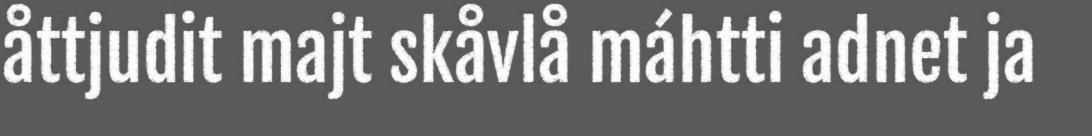
åttjudit majt skåvlå máhtti adnet ja